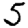
Digit: 5